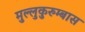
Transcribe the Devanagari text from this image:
मुल्लुकुरुम्बास